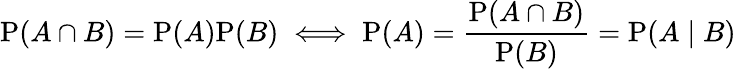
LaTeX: \mathrm{P}(A\cap B)=\mathrm{P}(A)\mathrm{P}(B)\iff\mathrm{P}(A)={\frac{\mathrm{P}(A\cap B)}{\mathrm{P}(B)}}=\mathrm{P}(A\mid B)